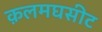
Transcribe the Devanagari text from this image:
क़लमघसीट